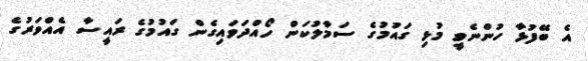
އެ ބޭފުޅާ ހުންނެވީ މުޅި ގައުމުގެ ސަމާލުކަން ހޯއްދަވައިގެން ގައުމުގެ ރައީސާ އެއްވަރުގެ